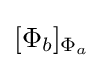
[\Phi _{b}]_{\Phi _{a}}